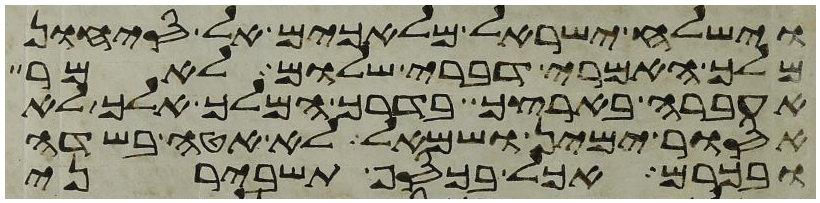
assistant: וישלח ישראל מלאכים אל סיחון
מלך האמרי דברי שלום לאמר
אעברה בארצך בדרך המלך אלך לא
אסור ימין ושמאל לא אטה בשדה
ובכרם אכל בכסף תשבירני